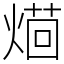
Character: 𤌚